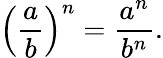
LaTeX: \left({\frac{a}{b}}\right)^{n}={\frac{a^{n}}{b^{n}}}.